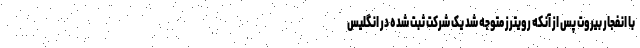
با انفجار بیروت پس از آنکه رویترز متوجه شد یک شرکت ثبت شده در انگلیس